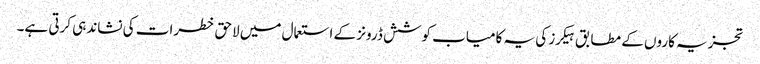
تجزیہ کاروں کے مطابق ہیکرز کی یہ کامیاب کوشش ڈرونز کے استعمال میں لاحق خطرات کی نشاندہی کرتی ہے۔